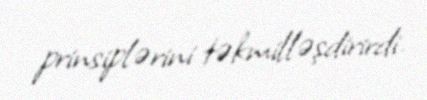
prinsiplərini təkmilləşdirirdi.